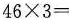
$$4 6\times 3 =$$